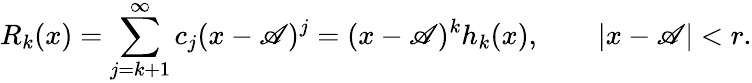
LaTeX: R_{k}(x)=\sum_{j=k+1}^{\infty}c_{j}(x-\mathscr{A})^{j}=(x-\mathscr{A})^{k}h_{k}(x),\qquad|x-\mathscr{A}|<r.